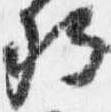
卿